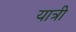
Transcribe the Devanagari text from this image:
यात्री